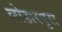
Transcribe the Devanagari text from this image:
लोहारपुरा